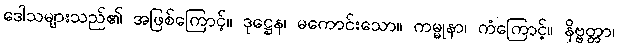
ဒေါသများသည်၏ အဖြစ်ကြောင့်။ ဒုဋ္ဌေန၊ မကောင်းသော။ ကမ္မုနာ၊ ကံကြောင့်။ နိဗ္ဗတ္တာ၊